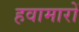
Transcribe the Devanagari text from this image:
हवामारों